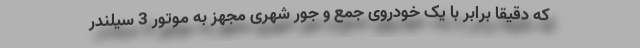
که دقیقا برابر با یک خودروی جمع و جور شهری مجهز به موتور 3 سیلندر